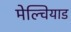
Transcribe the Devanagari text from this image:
मेल्चियाड